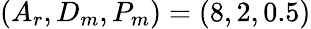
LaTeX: (A_{r},D_{m},P_{m})=(8,2,0.5)